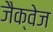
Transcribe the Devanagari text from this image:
जैक्वेज